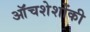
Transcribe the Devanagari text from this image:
ऑंचशेशोंकी